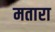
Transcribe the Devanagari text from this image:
मतारा